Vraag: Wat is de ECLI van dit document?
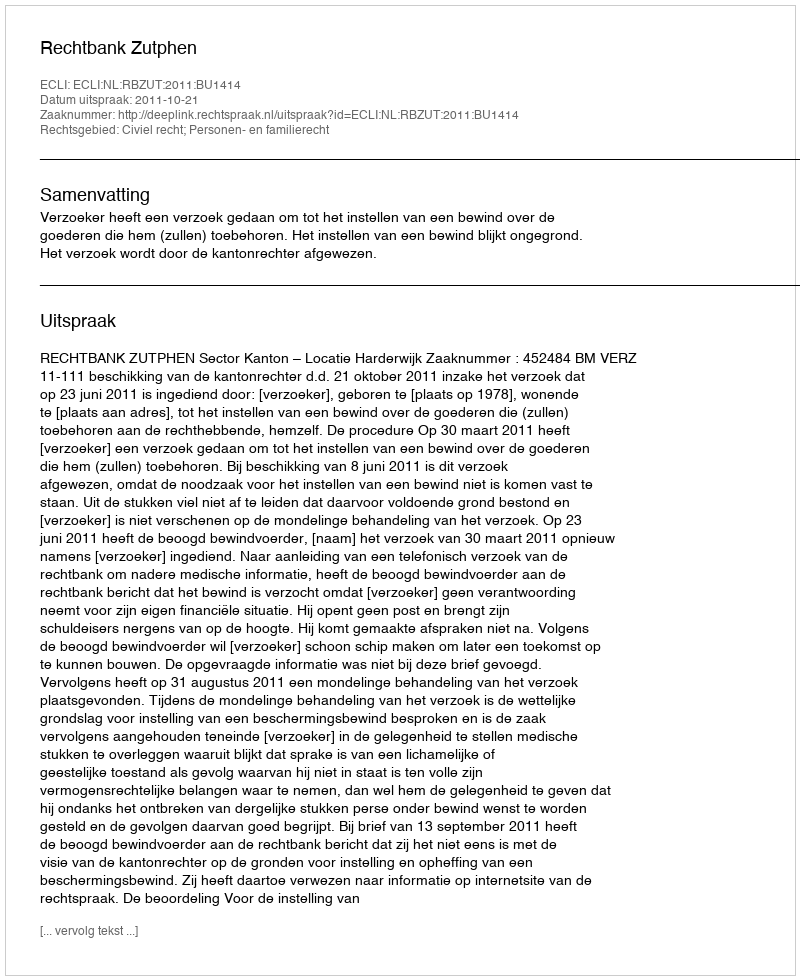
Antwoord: ECLI:NL:RBZUT:2011:BU1414